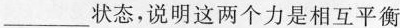
___状态，说明这两个力是相互平衡